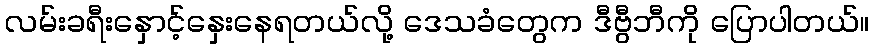
လမ်းခရီးနှောင့်နှေးနေရတယ်လို့ ဒေသခံတွေက ဒီဗွီဘီကို ပြောပါတယ်။